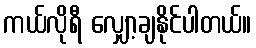
ကယ်လိုရီ လျှော့ချနိုင်ပါတယ်။